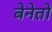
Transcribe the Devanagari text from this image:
बेनेतो